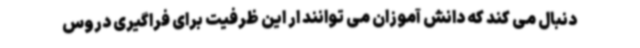
دنبال می کند که دانش آموزان می توانند ار این ظرفیت برای فراگیری دروس